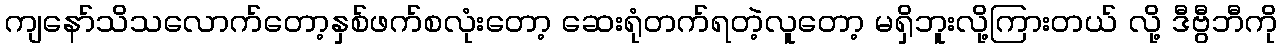
ကျနော်သိသလောက်တော့နှစ်ဖက်စလုံးတော့ ဆေးရုံတက်ရတဲ့လူတော့ မရှိဘူးလို့ကြားတယ် လို့ ဒီဗွီဘီကို